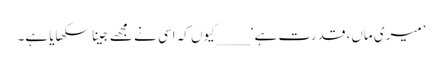
’میری ماں، قدرت ہے‘ ____کیوں کہ اسی نے مجھے جینا سکھایا ہے۔